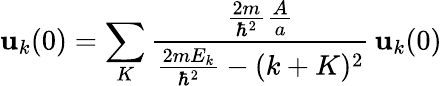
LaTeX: \mathbf{u}_{k}(0)=\sum_{K}{\frac{{{\frac{{2m}}{{\hbar^{2}}}}{\frac{{A}}{{a}}}}}{{{\frac{{2mE_{k}}}{{\hbar^{2}}}}-(k+K)^{2}}}}\, \mathbf{u}_{k}(0)